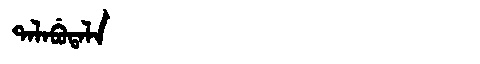
Manchu: ᡨᠠᠯᠠᠪᡠᡨᠠᠯᠠ
Romanization: TALABUTALA